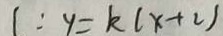
1 : y = k ( x + 2 )